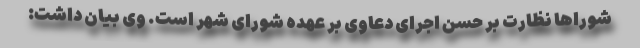
شوراها نظارت بر حسن اجرای دعاوی بر عهده شورای شهر است. وی بیان داشت: